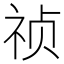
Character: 祯